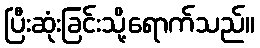
ပြီးဆုံးခြင်းသို့ရောက်သည်။